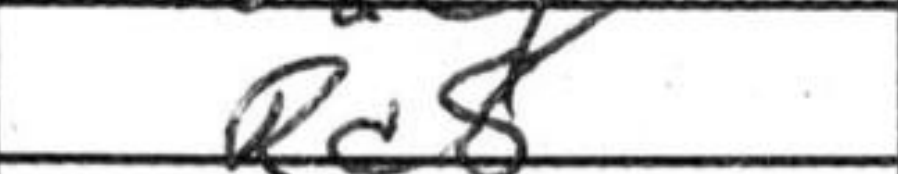
Transcription: Rc8